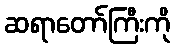
ဆရာတော်ကြီးကို